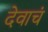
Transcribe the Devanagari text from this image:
देवाचं